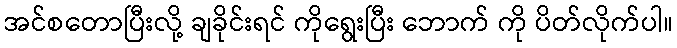
အင်စတောပြီးလို့ ချခိုင်းရင် ကိုရွေးပြီး ဘောက် ကို ပိတ်လိုက်ပါ။